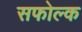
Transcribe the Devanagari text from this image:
सफोल्क